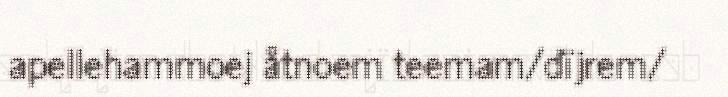
apellehammoej åtnoem teemam/dïjrem/